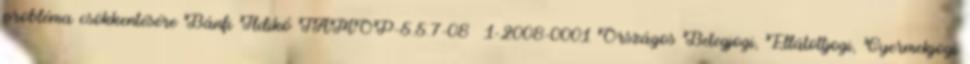
probléma csökkentésére Bánfi Ildikó TÁMOP-5.5.7-08 1-2008-0001 Országos Betegjogi, Ellátottjogi, Gyermekjogi